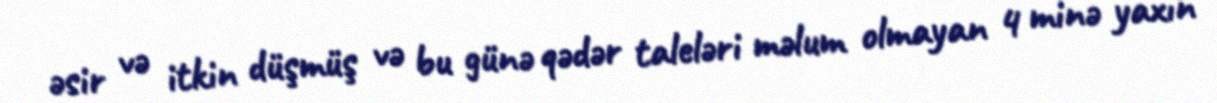
əsir və itkin düşmüş və bu günə qədər taleləri məlum olmayan 4 minə yaxın